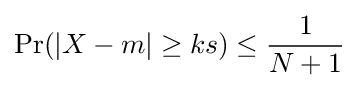
\Pr(|X-m|\geq ks)\leq {\frac {1}{N+1}}